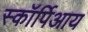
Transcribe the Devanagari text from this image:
स्कॉर्पिआय